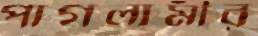
পাগলামীর